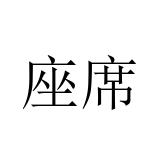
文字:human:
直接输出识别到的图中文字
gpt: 座席